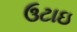
ઉટાઇ